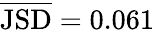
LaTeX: \overline{{\mathrm{JSD}}}=0.061